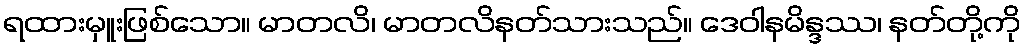
ရထားမှူးဖြစ်သော။ မာတလိ၊ မာတလိနတ်သားသည်။ ဒေဝါနမိန္ဒဿ၊ နတ်တို့ကို